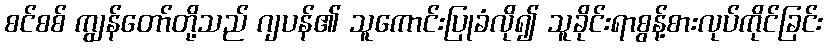
စင်စစ် ကျွန်တော်တို့သည် ဂျပန်၏ သူကောင်းပြုခံလို၍ သူခိုင်းရာစွန့်စားလုပ်ကိုင်ခြင်း